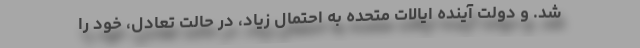
شد. و دولت آینده ایالات متحده به احتمال زیاد، در حالت تعادل، خود را